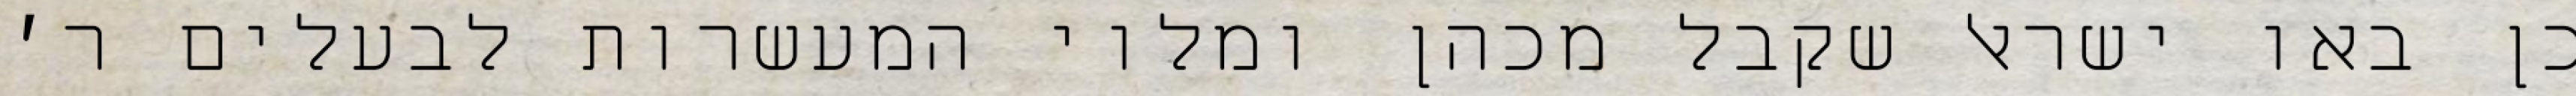
כן באו ישראל שקבל מכהן ומלוי המעשרות לבעלים ר׳